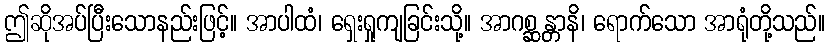
ဤဆိုအပ်ပြီးသောနည်းဖြင့်။ အာပါထံ၊ ရှေးရှုကျခြင်းသို့။ အာဂစ္ဆန္တာနိ၊ ရောက်သော အာရုံတို့သည်။